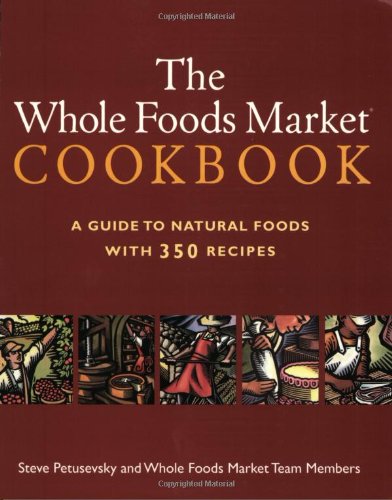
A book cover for The Whole Foods Market Cookbook: A Guide to Natural Foods with 350 Recipes; Steve Petusevsky; Cookbooks, Food & Wine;